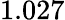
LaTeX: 1.027